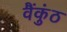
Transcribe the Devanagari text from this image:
वैंकुंठ